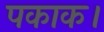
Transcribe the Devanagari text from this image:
पकाक।